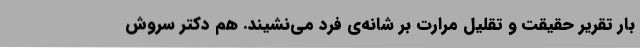
بار تقریر حقیقت و تقلیل مرارت بر شانه‌ی فرد می‌نشیند. هم دکتر سروش